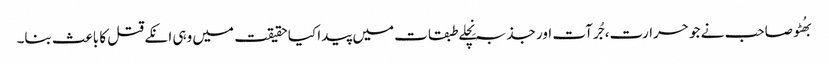
بھُٹو صاحب نے جو حرارت، جُرآت اور جذبہ نِچلے طبقات میں پیدا کیا حقیقت میں وہی انکے قتل کا باعث بنا۔